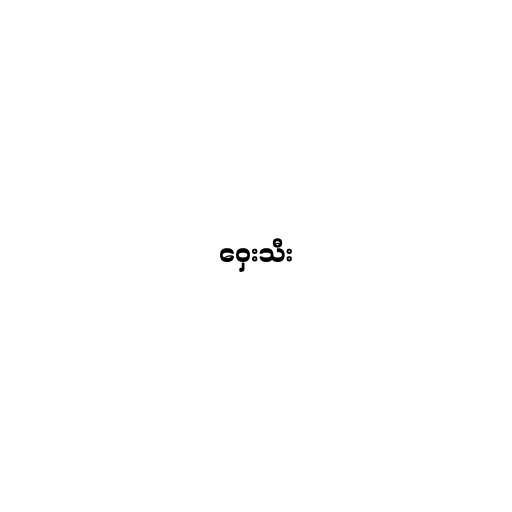
ဝှေးသီး